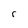
Character: r